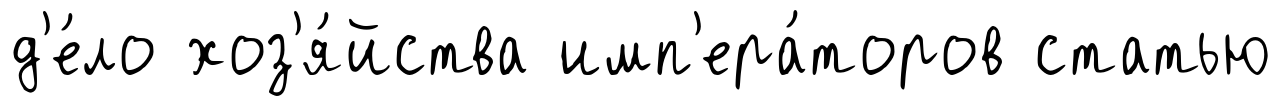
д'е́ло хоз'я́йства имп'ера́торов статью